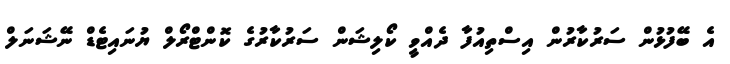
އެ ބޭފުޅުން ސަރުކާރުން އިސްތިއުފާ ދެއްވީ ކޯލިޝަން ސަރުކާރުގެ ކޮންޓްރޯލް ޔުނައިޓެޑް ނޭޝަނަލް